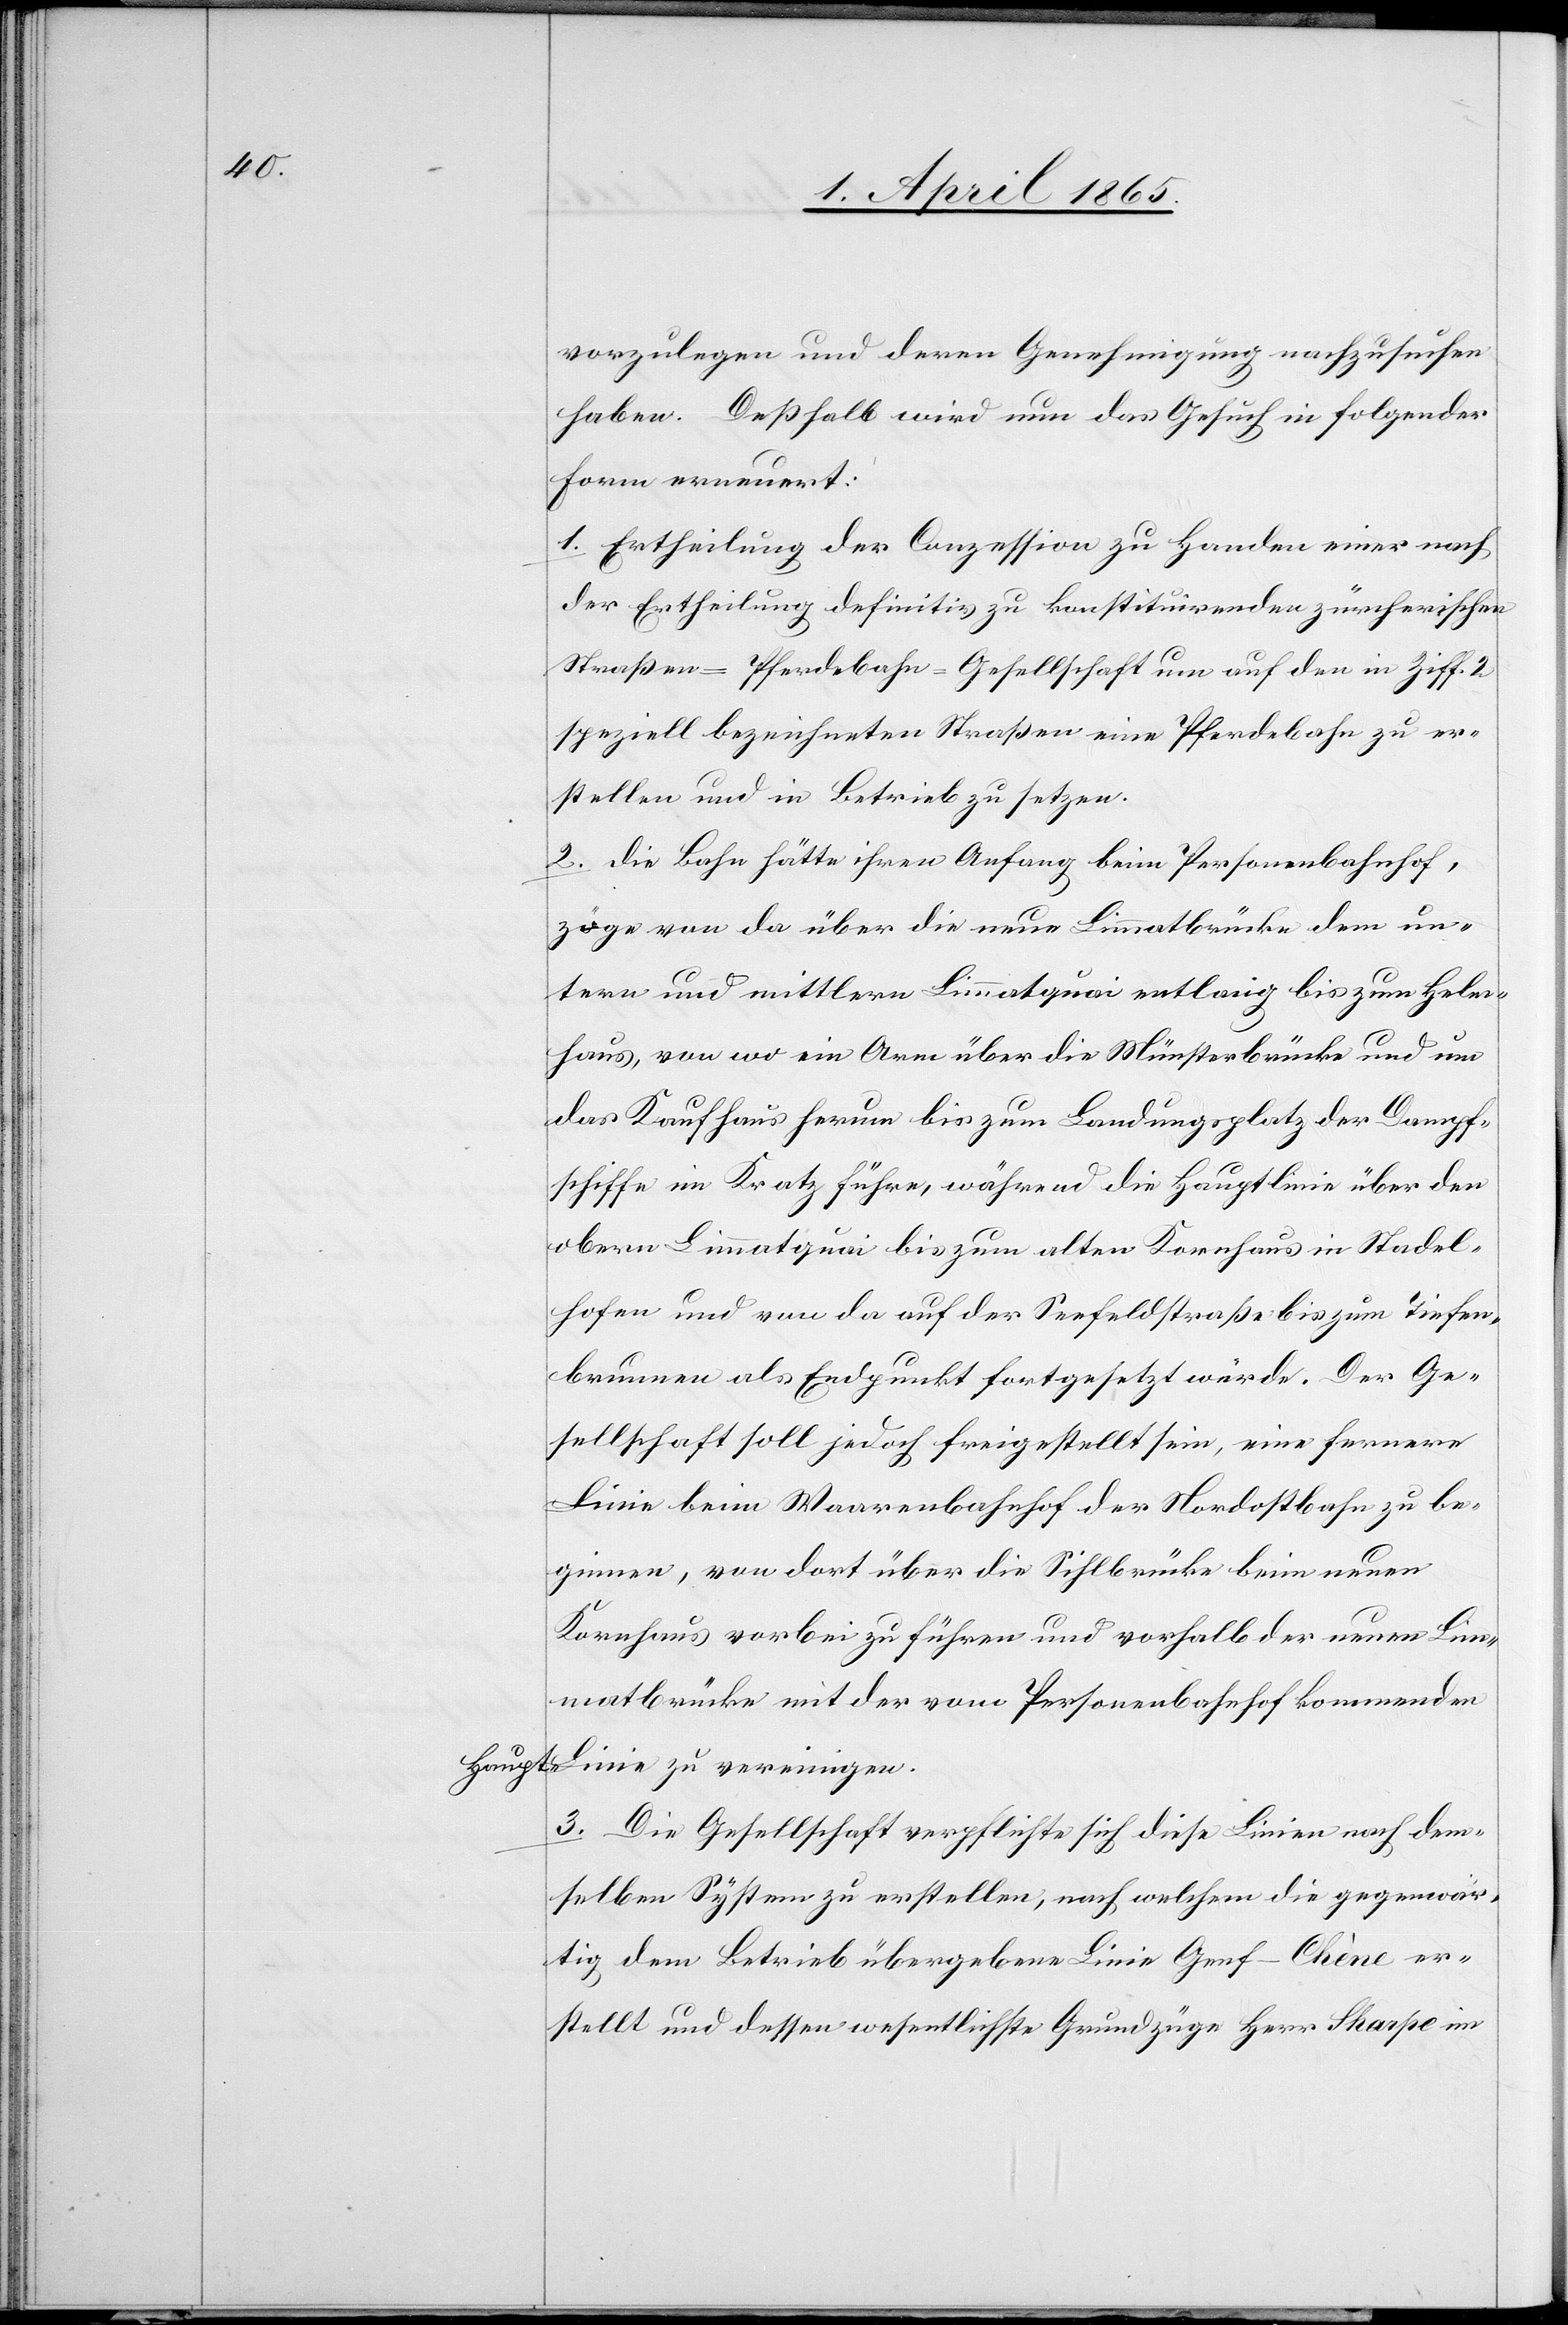
Haupt-L¬

vorzulegen und deren Genehmigung nachzusuchen
haben. Deßhalb wird nun das Gesuch in folgender
Form erneuert:
1. Ertheilung der Conzession zu Handen einer nach
der Ertheilung definitiv zu konstituirenden zürcherischen
Straßen-Pferdebahn-Gesellschaft auf den in Ziff. 2
speziell bezeichneten Straßen eine Pferdebahn zu er¬
stellen und in Betrieb zu setzen.
2. Die Bahn hätte ihren Anfang beim Personenbahnhof,
zöge von da über die neue Limmatbrücke dem un¬
tern und mittlern Limmatquai entlang bis zum Helm¬
haus, von wo ein Arm über die Münsterbrücke und um
das Kaufhaus herum bis zum Landungsplatz der Dampf¬
schiffe im Kratz führe, während die Hauptlinie über den
obern Limmatquai bis zum alten Kornhaus in Stadel¬
hofen und von da auf der Seefeldstraße bis zum Tiefen¬
brunnen als Endpunkt fortgesetzt werde. Der Ge¬
sellschaft soll jedoch freigestellt sein, eine fernere
Linie beim Waarenbahnhof der Nordostbahn zu be¬
ginnen, von dort über die Sihlbrücke beim neuen
Kornhaus vorbeizuführen und vorhalb der neuen Lim¬
matbrücke mit der vom Personenbahnhof kommenden
inie zu vereinigen.
3. Die Gesellschaft verpflichtet sich diese Linie nach dem¬
selben System zu erstellen, nach welchem die gegenwär¬
tig dem Betrieb übergebene Linie Genf–Chène er¬
stellt und dessen wesentlichste Grundzüge Herr Sharpe im